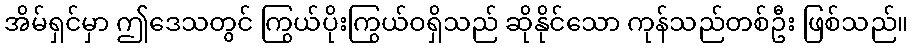
အိမ်ရှင်မှာ ဤဒေသတွင် ကြွယ်ပိုးကြွယ်ဝရှိသည် ဆိုနိုင်သော ကုန်သည်တစ်ဦး ဖြစ်သည်။